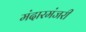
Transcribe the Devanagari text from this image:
मंदारमंजरी